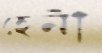
হেনী